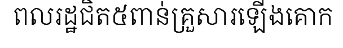
ពលរដ្ឋជិត៥ពាន់គ្រួសារឡើងគោក